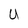
Character: U